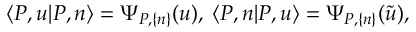
\langle P , u | P , n \rangle = \Psi _ { P , \{ n \} } ( u ) , \: \langle P , n | P , u \rangle = \Psi _ { P , \{ n \} } ( \tilde { u } ) ,